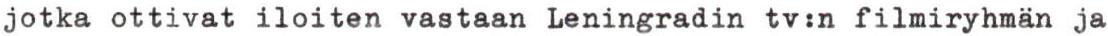
jotka ottivat iloiten vastaan Leningradin tv:n filmiryhmän ja